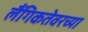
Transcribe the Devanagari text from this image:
लैंगिकतेवरच्या